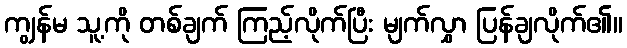
ကျွန်မ သူ့ကို တစ်ချက် ကြည့်လိုက်ပြီး မျက်လွှာ ပြန်ချလိုက်၏။